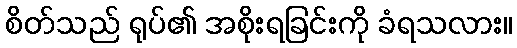
စိတ်သည် ရုပ်၏ အစိုးရခြင်းကို ခံရသလား။